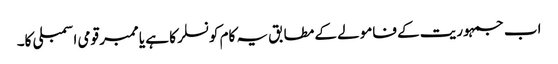
اب جمہوریت کے فامولے کے مطابق یہ کام کونسلر کا ہے یا ممبر قومی اسمبلی کا۔